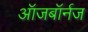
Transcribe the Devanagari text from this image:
ऑजबॉर्नज